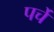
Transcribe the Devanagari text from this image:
पर्चें